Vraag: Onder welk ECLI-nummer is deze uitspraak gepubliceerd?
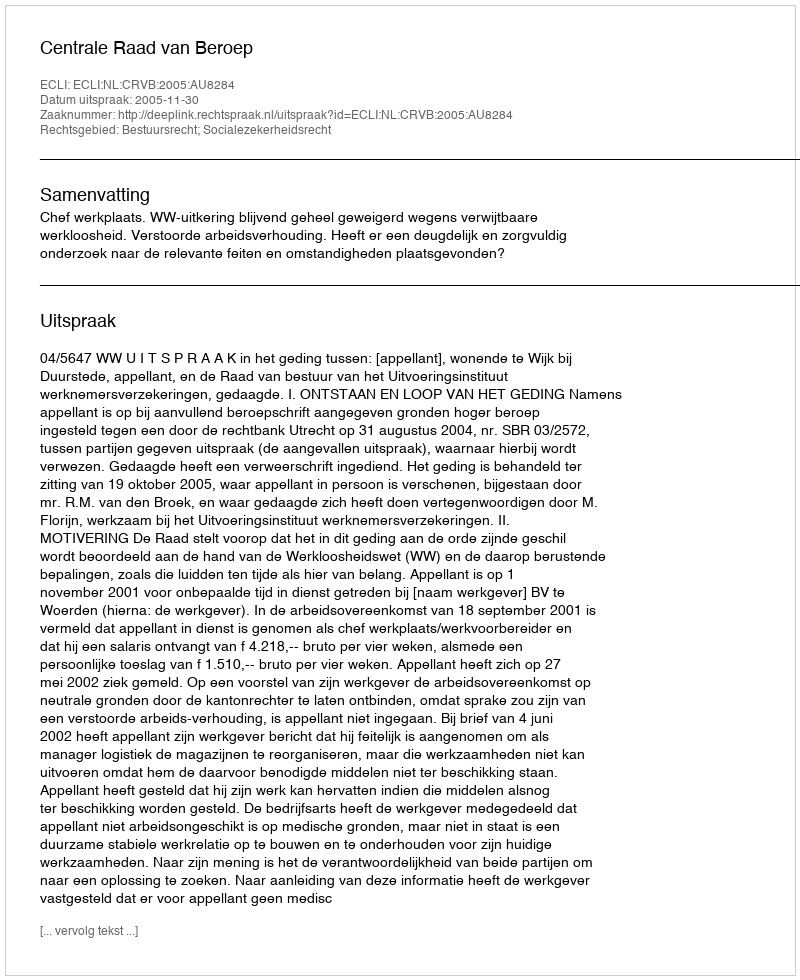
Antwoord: ECLI:NL:CRVB:2005:AU8284